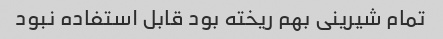
تمام شیرینی بهم ریخته بود قابل استفاده نبود